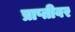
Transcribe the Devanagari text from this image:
प्राप्तीवर